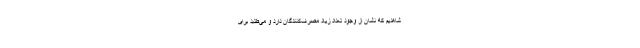
شاهدیم که نشان از وجود تعداد زیاد مصرف‌کنندگان دارد و می‌طلبد برای